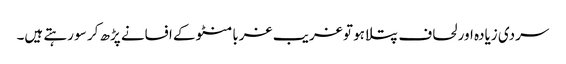
سردی زیادہ اور لحاف پتلا ہو تو غریب غربا منٹو کے افسانے پڑھ کر سو رہتے ہیں۔